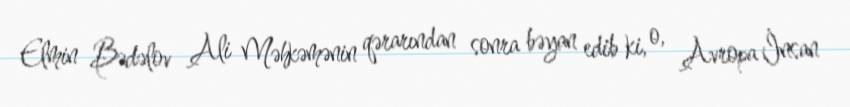
Elmin Bədəlov Ali Məhkəmənin qərarından sonra bəyan edib ki, o, Avropa İnsan